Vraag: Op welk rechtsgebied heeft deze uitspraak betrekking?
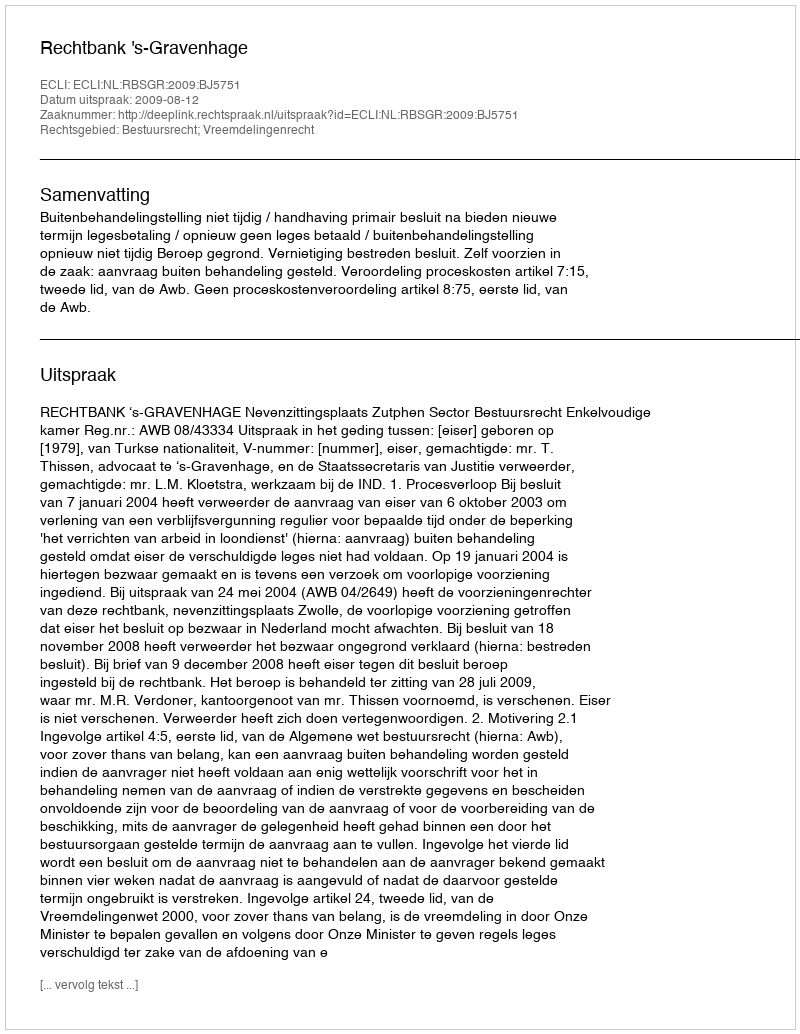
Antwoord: Bestuursrecht; Vreemdelingenrecht